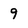
Character: 9